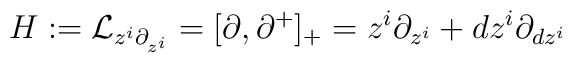
H:= {\cal L}_{z^i \partial_{z^i}}=[\partial,\partial^+]_+=z^i \partial_{z^i}+dz^i\partial_{dz^i}